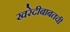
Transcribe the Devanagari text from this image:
खरेदीबाबतची